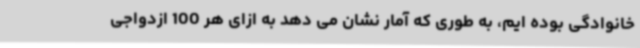
خانوادگی بوده ایم، به طوری که آمار نشان می دهد به ازای هر 100 ازدواجی